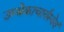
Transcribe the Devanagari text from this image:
उम्बेकाचार्यस्येयं